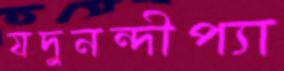
যদুনন্দীপ্যা